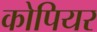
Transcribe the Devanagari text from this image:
कोपियर